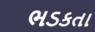
ભડકતા